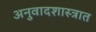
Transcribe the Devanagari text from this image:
अनुवादशास्त्रात